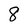
Character: 8